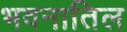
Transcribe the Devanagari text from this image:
भवनातिल